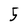
Character: 5